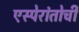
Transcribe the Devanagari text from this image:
एस्पेरांतोची